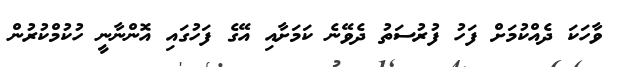
ވާހަކަ ދެއްކުމަށް ފަހު ފުރުސަތު ދެވޭނެ ކަމަށާއި އޭގެ ފަހުގައި އޮންނާނީ ހުކުމްކުރުން